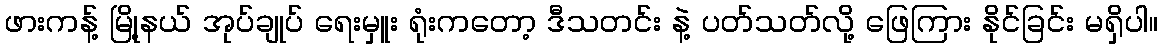
ဖားကန့် မြို့နယ် အုပ်ချုပ် ရေးမှူး ရုံးကတော့ ဒီသတင်း နဲ့ ပတ်သတ်လို့ ဖြေကြား နိုင်ခြင်း မရှိပါ။